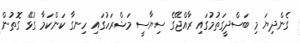
ގެންދިޔަ މި ބަސްދީގަތުމުގައި ރާއްޖޭގެ ސިޔާސީ މަޝްރަހުގައި ހިނގާ ކަންކަމާ ގުޅޭ ގޮތުން